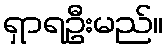
ရှာရဦးမည်။